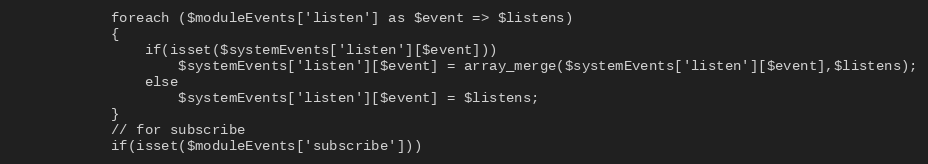
Language: PHP
            foreach ($moduleEvents['listen'] as $event => $listens)
            {
                if(isset($systemEvents['listen'][$event]))
                    $systemEvents['listen'][$event] = array_merge($systemEvents['listen'][$event],$listens);
                else
                    $systemEvents['listen'][$event] = $listens;
            }
            // for subscribe
            if(isset($moduleEvents['subscribe']))